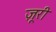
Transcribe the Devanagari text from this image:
ज़ूरी